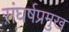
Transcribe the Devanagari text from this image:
संघर्षप्रमुख